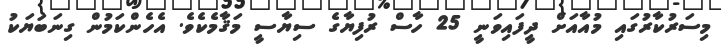
މިސަރުކާރުގައި މުއާއަށް ދީފައިވަނީ 25 ހާސް ރުފިޔާގެ ސިޔާސީ މަޤާމެކެވެ. އެހެންކަމުން ގިނަބަޔަކު